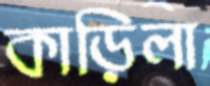
কাড়িলা